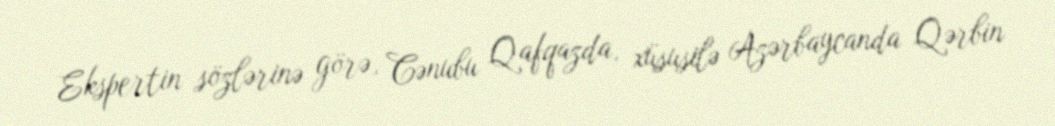
Ekspertin sözlərinə görə, Cənubu Qafqazda, xüsusilə Azərbaycanda Qərbin